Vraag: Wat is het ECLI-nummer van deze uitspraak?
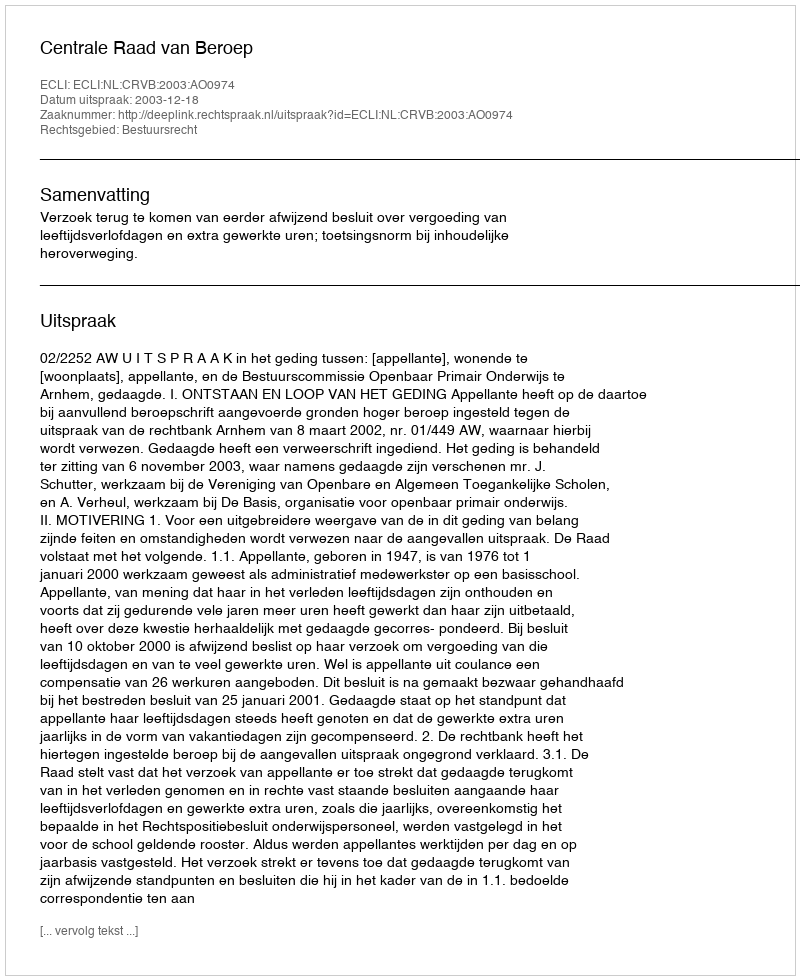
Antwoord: ECLI:NL:CRVB:2003:AO0974